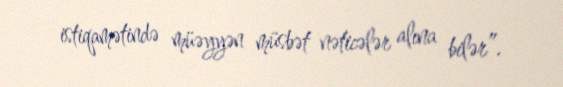
istiqamətində müəyyən müsbət nəticələr alına bilər”.